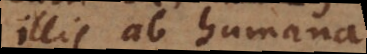
illis ab humana